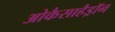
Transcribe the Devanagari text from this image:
ओकैसाहैड्रॉन